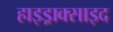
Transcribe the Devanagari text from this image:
हाइड्राक्साइद